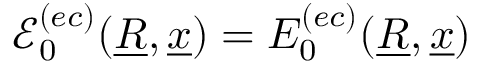
\mathcal { E } _ { 0 } ^ { ( e c ) } ( \underline { { R } } , \underline { { x } } ) = E _ { 0 } ^ { ( e c ) } ( \underline { { R } } , \underline { { x } } )